Lunatic asylums Punjab 1881-1894 - 1881-1894
Year: 1881
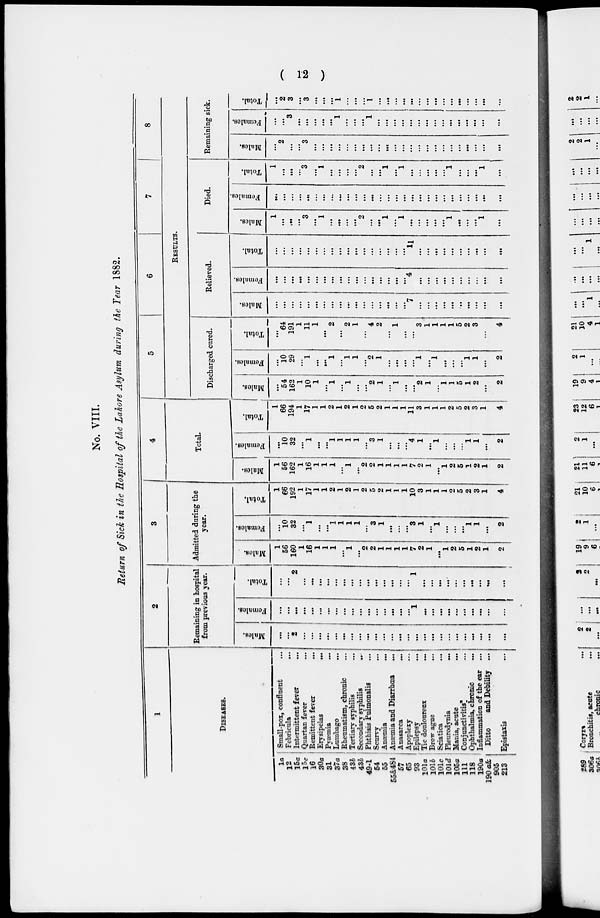
( 12 )
No. VIII.
Return of Sick in the Hospital of the Lahore Asylum during the Year 1882.
1
DISEASES.
1a
12
15a
15c
16
30a
31
37a
38
43b
43b
49-1
54
55
65&484
67
65
93
101a
10lb
101c
10lb
106a
111
118
190a
190 a&
905
213
Small-pox, confluent
...
Febricula
...
Intermittent
fever
...
Quartan fever ...
Remittent fever ...
Erysipelas
...
Pyæmia ...
Lambago ...
Rhematism chronic ...
Tertiary syphilis
...
Secondary syphilis
...
Phthisis Pulmonalis ...
Scurvy
...
Anœmia
...
Anæmia and Diarrhœa
...
Anasarca
...
Apoplexy ...
Epilepsy ...
Tic douloureux
...
Brow ague ...
Sciatica ...
Pleurodynia
...
Mania, acute
...
Conjunctivitis. ...
Ophthalmis
chronic
...
Inflammation of the ear ...
Ditto
and Debility ...
Epistaxis ...
2
Remaining in hospital
from previous year.
Males.
...
...
2
...
...
...
...
...
...
...
...
...
...
...
...
...
...
...
...
...
...
...
...
...
...
...
...
...
Females.
...
...
...
...
...
...
...
...
...
...
...
...
...
...
...
...
...
1
...
...
...
...
...
...
...
...
...
...
Total.
...
...
2
...
...
...
...
...
...
...
...
...
...
...
...
...
...
1
...
...
...
...
...
...
...
...
...
...
3
Admitted during the
year.
Males.
1
56
160
1
16
1
1
1
...
1
...
2
2
1
1
1
1
7
2
1
...
1
2
5
1
2
1
2
Females.
...
10
32
...
1
...
...
1
1
1
1
...
3
1
...
...
...
3
1
...
1
...
...
...
1
1
...
2
Total.
1
66
192
1
17
1
1
2
1
2
1
2
5
2
1
1
1
10
3
1
1
1
2
5
2
3
1
4
4
Total.
Males.
1
56
162
1
16
1
1
1
...
1
...
2
2
1
1
1
1
7
2
1
...
1
2
5
1
2
1
2
Females.
...
10
32
...
1
...
...
1
1
1
1
...
3
1
...
...
...
4
1
...
1
...
...
...
1
1
...
2
Total.
1
66
194
1
17
1
1
2
1
2
1
2
5
2
1
1
1
11
3
1
1
1
2
5
2
3
1
4
5
6
7
8
RESULTS.
Discharged cured.
Males.
...
54
162
1
10
1
...
1
...
1
...
...
2
1
...
1
...
...
2
1
...
1
1
5
1
2
...
2
Females.
...
10
29
...
1
...
...
1
...
1
1
...
2
1
...
...
...
...
1
...
1
...
...
...
1
1
...
2
Total.
...
64
191
1
11
1
2
...
2
1
4
2
...
1
...
...
3
1
1
1
1
5
2
3
...
4
Relieved.
Males.
...
...
...
...
...
...
...
...
...
...
...
...
...
...
...
...
...
7
...
...
...
...
...
...
...
...
...
...
Females.
...
...
...
...
... ...
...
...
...
...
...
...
...
...
...
...
...
4
...
...
...
...
...
...
...
...
...
...
Total.
...
...
...
...
...
...
...
...
...
...
...
...
...
...
...
...
...
1
...
...
...
...
...
...
...
...
...
Died.
Males.
1
...
...
...
3
...
1
...
...
...
...
2
...
...
1
...
1
...
...
...
...
...
1
...
...
...
1
...
Females.
...
...
...
...
...
...
...
...
...
...
...
...
...
...
...
...
...
...
...
...
...
...
...
...
...
...
...
...
Total.
1
...
...
...
3
...
1
...
...
...
...
2
...
...
1
...
1
...
...
...
...
...
1
...
...
...
1
...
Remaining sick.
Males.
...
2
...
...
3
...
...
...
...
...
...
...
...
...
...
...
...
...
...
...
...
...
... ...
...
...
...
...
Females.
...
...
3
...
...
...
...
...
1
...
...
...
1
...
...
...
...
...
...
...
...
...
... ...
...
...
...
...
Total.
...
2
3
...
3
...
...
...
1
...
...
...
1
...
...
...
...
...
...
...
...
...
...
...
...
...
...
...